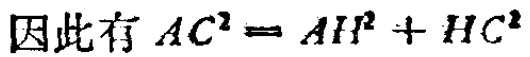
因此有 \(AC^{2}=AH^{2}+HC^{2}\)